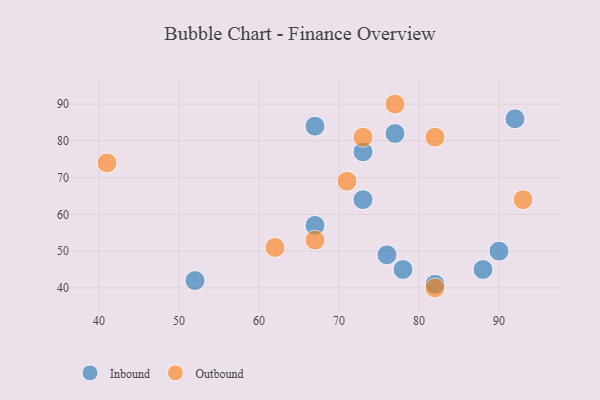
{"axis": {"x": "GDP", "y": "Life Expectancy"}, "legend": ["Inbound", "Outbound"], "data": [{"x": "67", "y": 57, "type": "Inbound"}, {"x": "90", "y": 50, "type": "Inbound"}, {"x": "78", "y": 45, "type": "Inbound"}, {"x": "88", "y": 45, "type": "Inbound"}, {"x": "67", "y": 84, "type": "Inbound"}, {"x": "77", "y": 82, "type": "Inbound"}, {"x": "52", "y": 42, "type": "Inbound"}, {"x": "73", "y": 77, "type": "Inbound"}, {"x": "73", "y": 64, "type": "Inbound"}, {"x": "82", "y": 41, "type": "Inbound"}, {"x": "76", "y": 49, "type": "Inbound"}, {"x": "92", "y": 86, "type": "Inbound"}, {"x": "41", "y": 74, "type": "Outbound"}, {"x": "62", "y": 51, "type": "Outbound"}, {"x": "93", "y": 64, "type": "Outbound"}, {"x": "67", "y": 53, "type": "Outbound"}, {"x": "71", "y": 69, "type": "Outbound"}, {"x": "73", "y": 81, "type": "Outbound"}, {"x": "82", "y": 81, "type": "Outbound"}, {"x": "82", "y": 40, "type": "Outbound"}, {"x": "77", "y": 90, "type": "Outbound"}]}